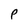
Character: p